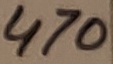
Text: 470